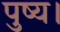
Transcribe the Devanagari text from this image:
पुष्य।